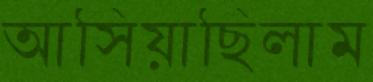
আসিয়াছিলাম